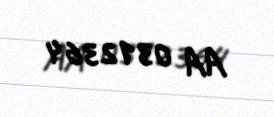
AA 0312364